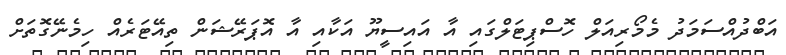
އަބްދުއްސަމަދު މެމޯރިއަލް ހޮސްޕިޓަލްގައި އާ އައިސީޔޫ އަކާއި އާ އޮޕަރޭޝަން ތިއޭޓަރެއް ހިމެނޭގޮތަށް